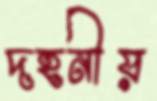
দহনীয়